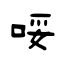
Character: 哸